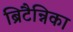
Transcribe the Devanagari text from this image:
ब्रिटैन्निका